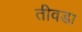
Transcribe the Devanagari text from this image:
तीवडा